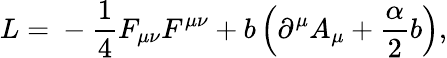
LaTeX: L=\mathrm{}-\frac{1}{4}F_{\mu\nu}F^{\mu\nu}+b\left(\partial^{\mu}A_{\mu}+\frac{\alpha}{2}b\right),